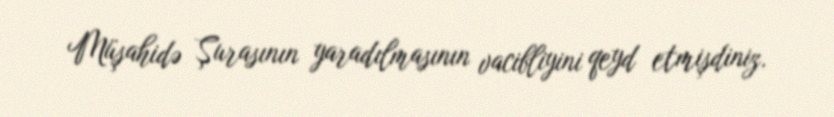
Müşahidə Şurasının yaradılmasının vacibliyini qeyd etmişdiniz.